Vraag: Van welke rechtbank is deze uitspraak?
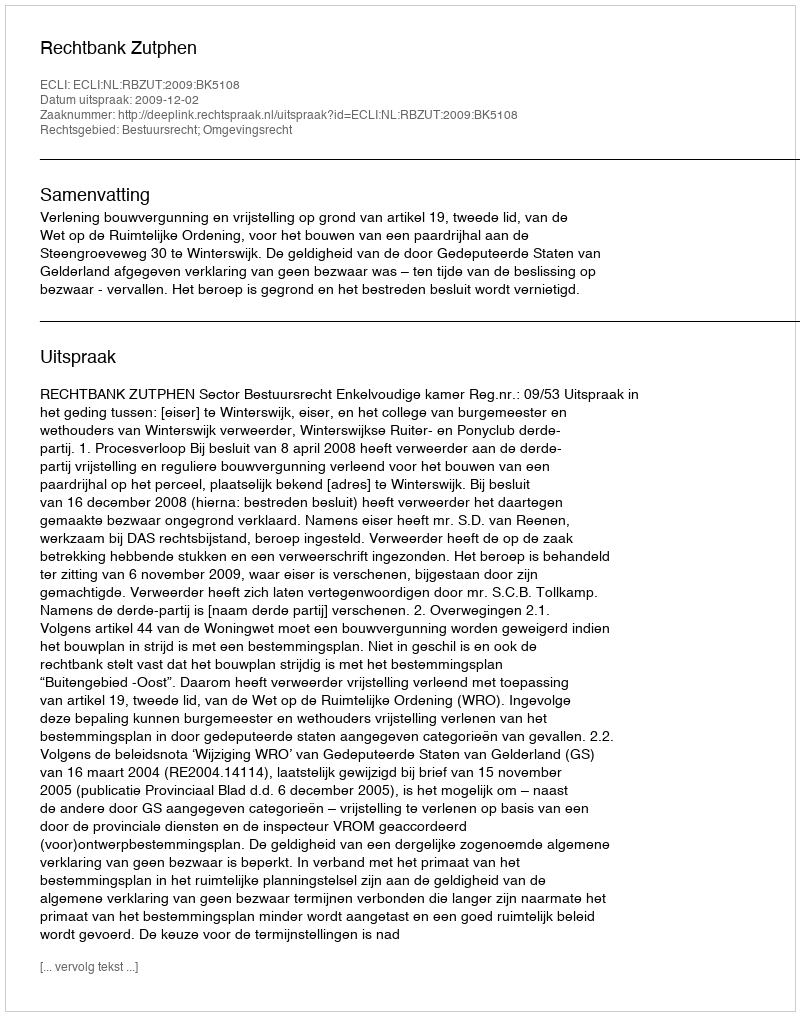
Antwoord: Rechtbank Zutphen